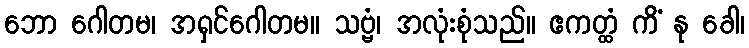
ဘော ဂေါတမ၊ အရှင်ဂေါတမ။ သဗ္ဗံ၊ အလုံးစုံသည်။ ဧကတ္ထံ ကိံ နု ခေါ၊